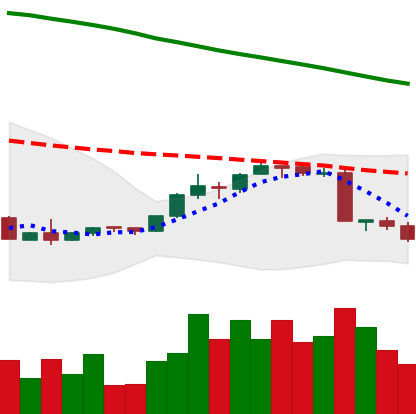
Ticker: EOS-USD
Chart end date: 2018-09-08
Forward return: 13.121%
Label: up_7plus